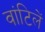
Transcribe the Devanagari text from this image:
वांटिलें